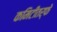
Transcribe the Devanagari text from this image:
कमिटीतर्फे